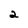
Character: 2